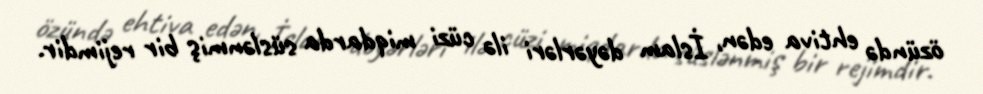
özündə ehtiva edən, İslam dəyərləri ilə cüzi miqdarda süslənmiş bir rejimdir.